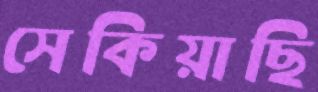
সেকিয়াছি